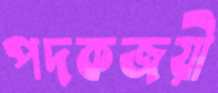
পদকজয়ী